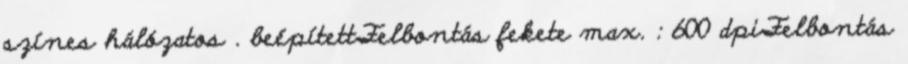
színes hálózatos . beépítettFelbontás fekete max. : 600 dpiFelbontás